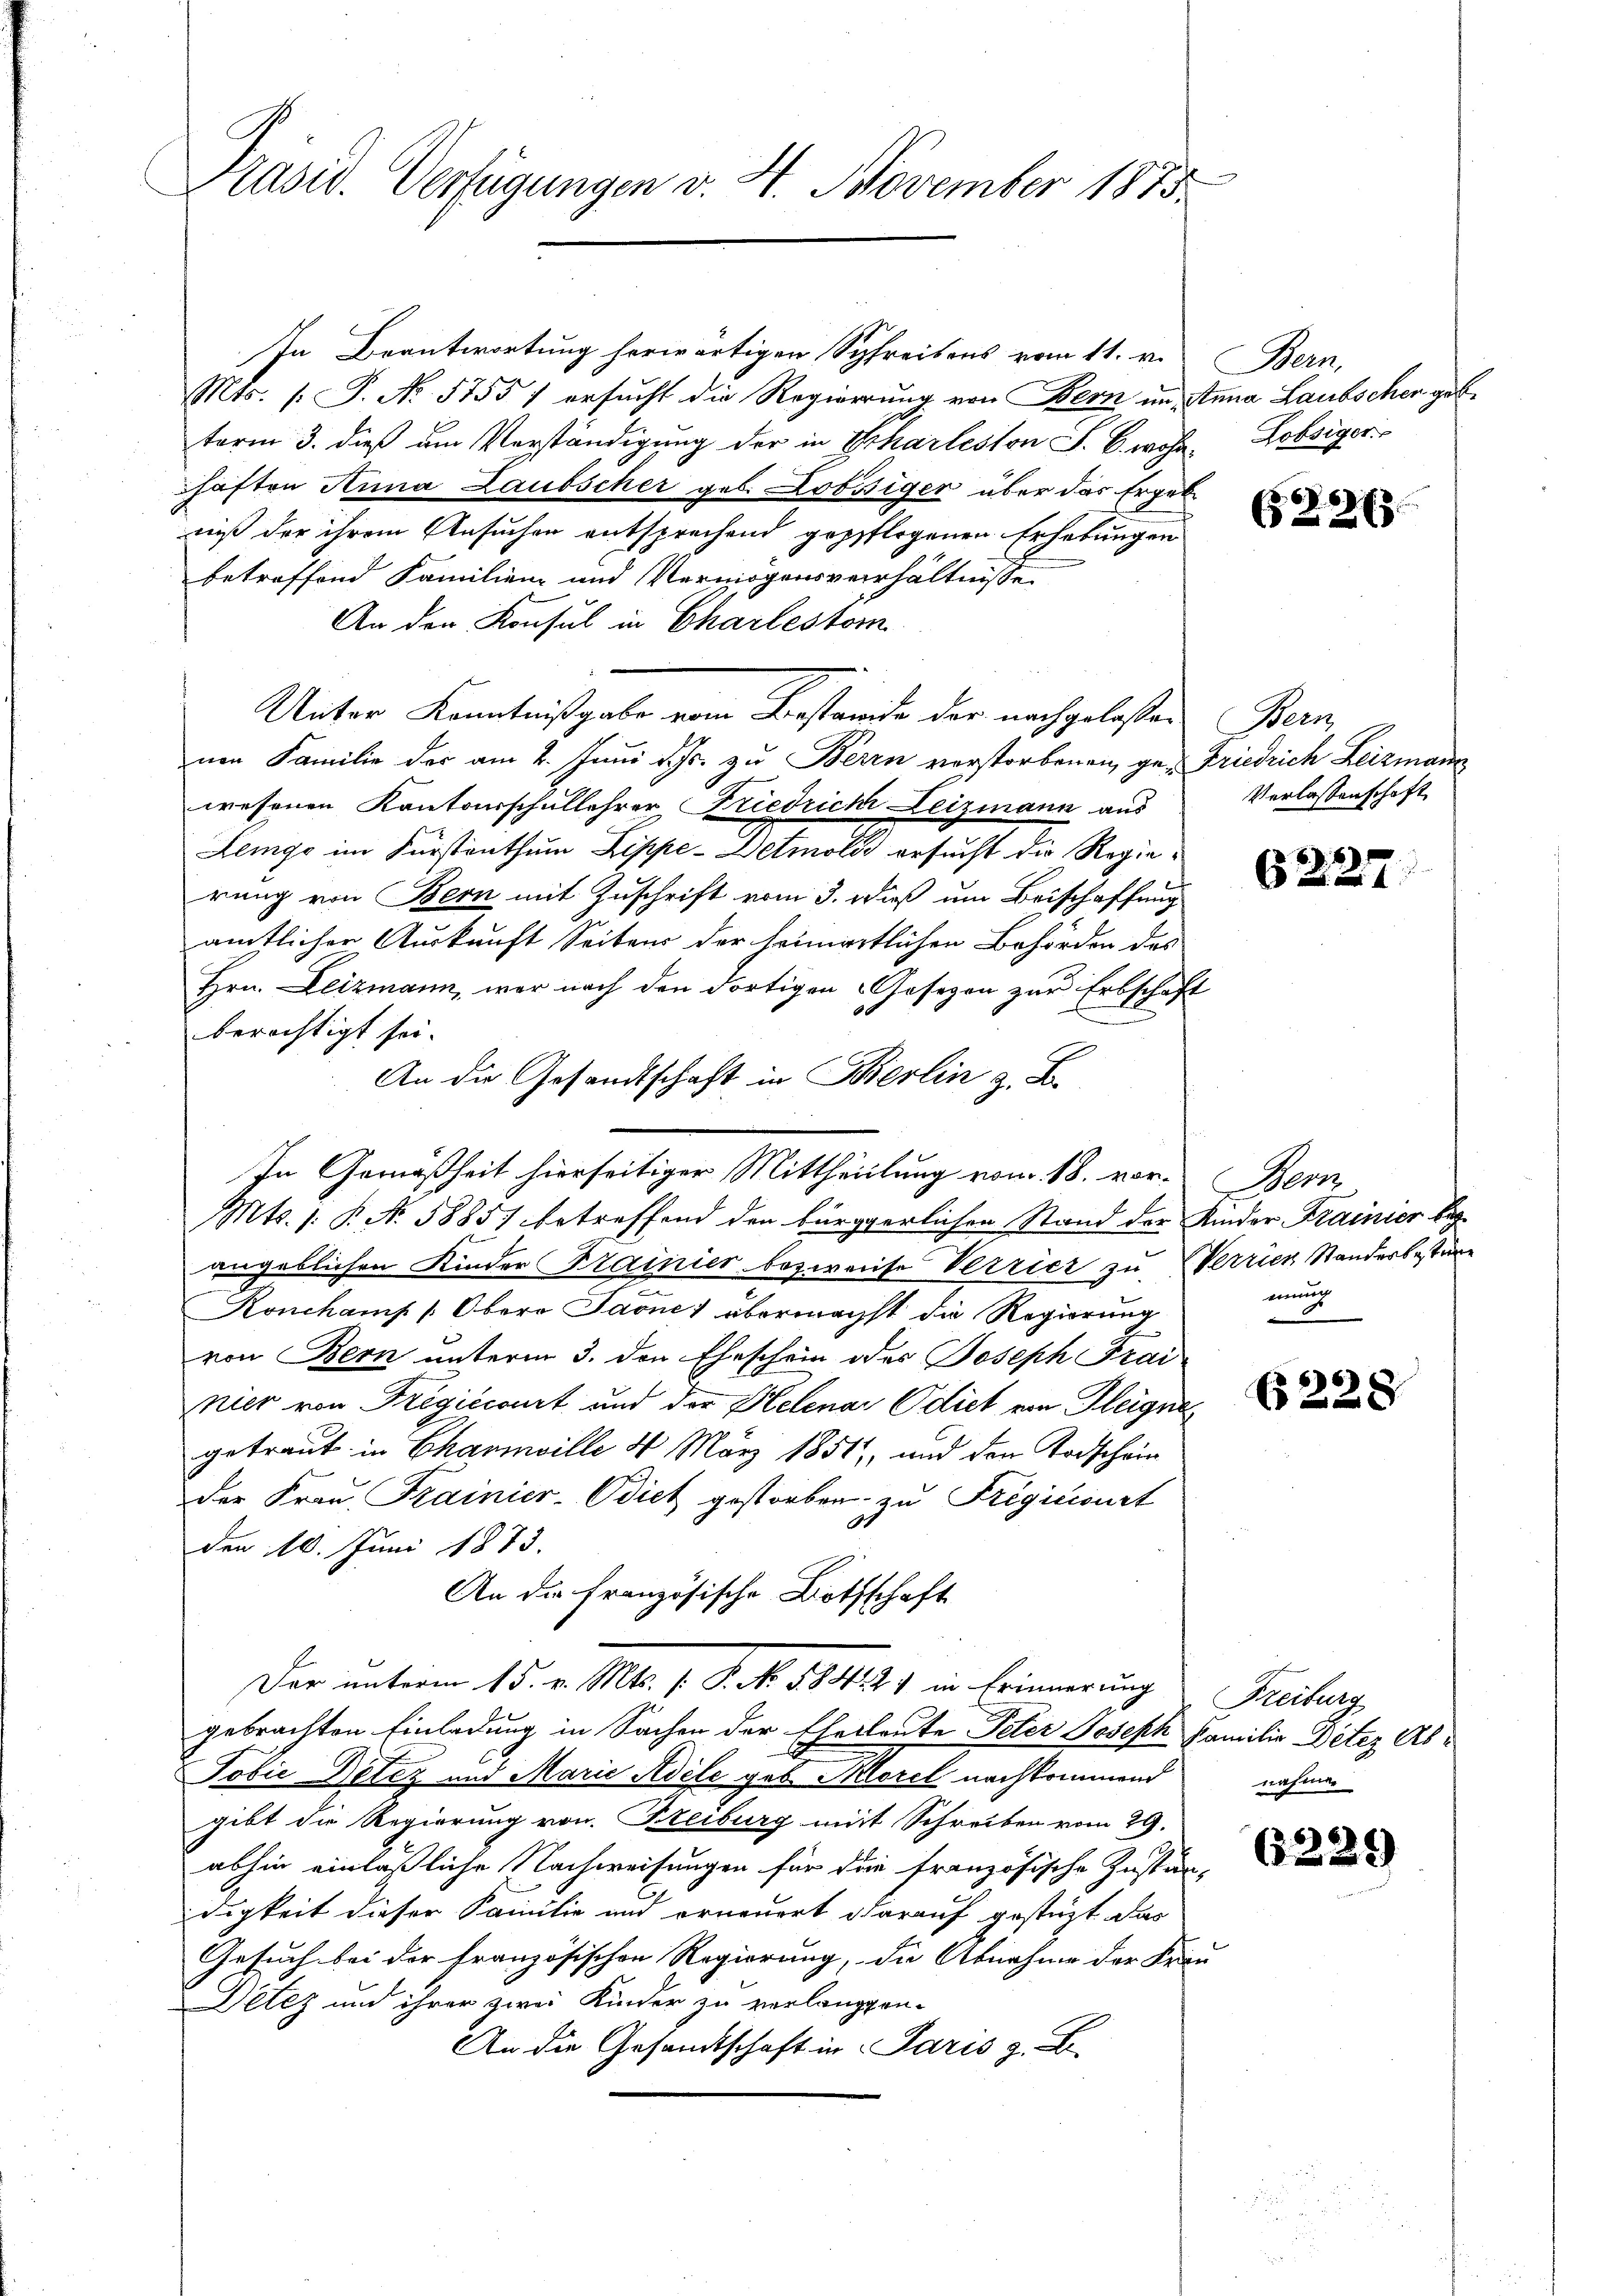
Präsid. Verfügungen v. 4. November 1875.

In Beantwortung herwärtigen Schreitens vom 11. v. Bern,
Mts. (T. No. 5755) ersucht die Regierung von Bern im Anna Laubschen geb.
term 3. dieß am Verständigung der in Scharleston S. B. wohn, Hobsiger
haften Anna Laubscher geb. Lobssiger über das Ergeb
niß der ihrem Ansuchen entsprechend geppflogenen Erhebungen
betreffend Familien und Vermögensverhältnis
An den Konsul in Charlestor
Unter Kenntnißgabe vom Bestände der nachgelasten Bern
nen Familie der am 2. Juni d. Js. zu Bern verstorbenen ge-Friedrich Leizmann
wesenen Kantonsschullehrer Friedriche Leizmann aus
Lemgo im Kurstenthum Lippe-Detmold ersucht die Regierung von Bern mit Zuschrift vom 3. dieß um Beischaffung
amtlicher Auskunft Seitens der heimatlichen Behörden des
Hrn. Leizmann, war nach den dortigen Gesezen zur Erbschaft
berichtigt sei.
An die Gesandtschaft in Berlin z. B.
In Gemäßheit hierseitiger Mittheilung vom 18. vor. Bern
Mts. 1. P. Nr. 5885) betreffend den bürggerlichen Stand der Kinder Frainier bey
angeblichen Kinder Krainier bezweife Verrier zu Verrier Standerbestire
Konchamp (Obero Jaone) übermachst die Regierung
von Bern unterm 3. den Eheschein des Joseph Trai
nier von Fregiecourt und der Helena Odict von Heigne
getraut in Charnwille 4 März 1851, und den Todschein
der Frau Trainier-Bdiet gestorben zu Fregicisurt
den 10. Juni 1873.
An die Französische Bothschaft
Der unterm 15. v. Mts. v. J. No. 1832) in Erinnerung Freiburg,
gebrachten Einladung in Sachen der Eheleute Peter Joseph Familie Detez Ab¬
Tobie Detez und Marie Adele geb. Morel nachkommend
gibt die Regierung von Freiburg mit Schreiben vom 29.
abhin einläßliche Nachweisungen für die französische Zuständigkeit dieser Familie und erneuert darauf gestüzt das
Gesuch bei der französischen Regierung, die Abnahme der Frau
Detez und ihrer zwei Kinder zu verlanggen-
An die Gesandtschaft in Paris z. B.

233.

Verlassenschaft

622

mung
5

§ 228

nahmen

6229)